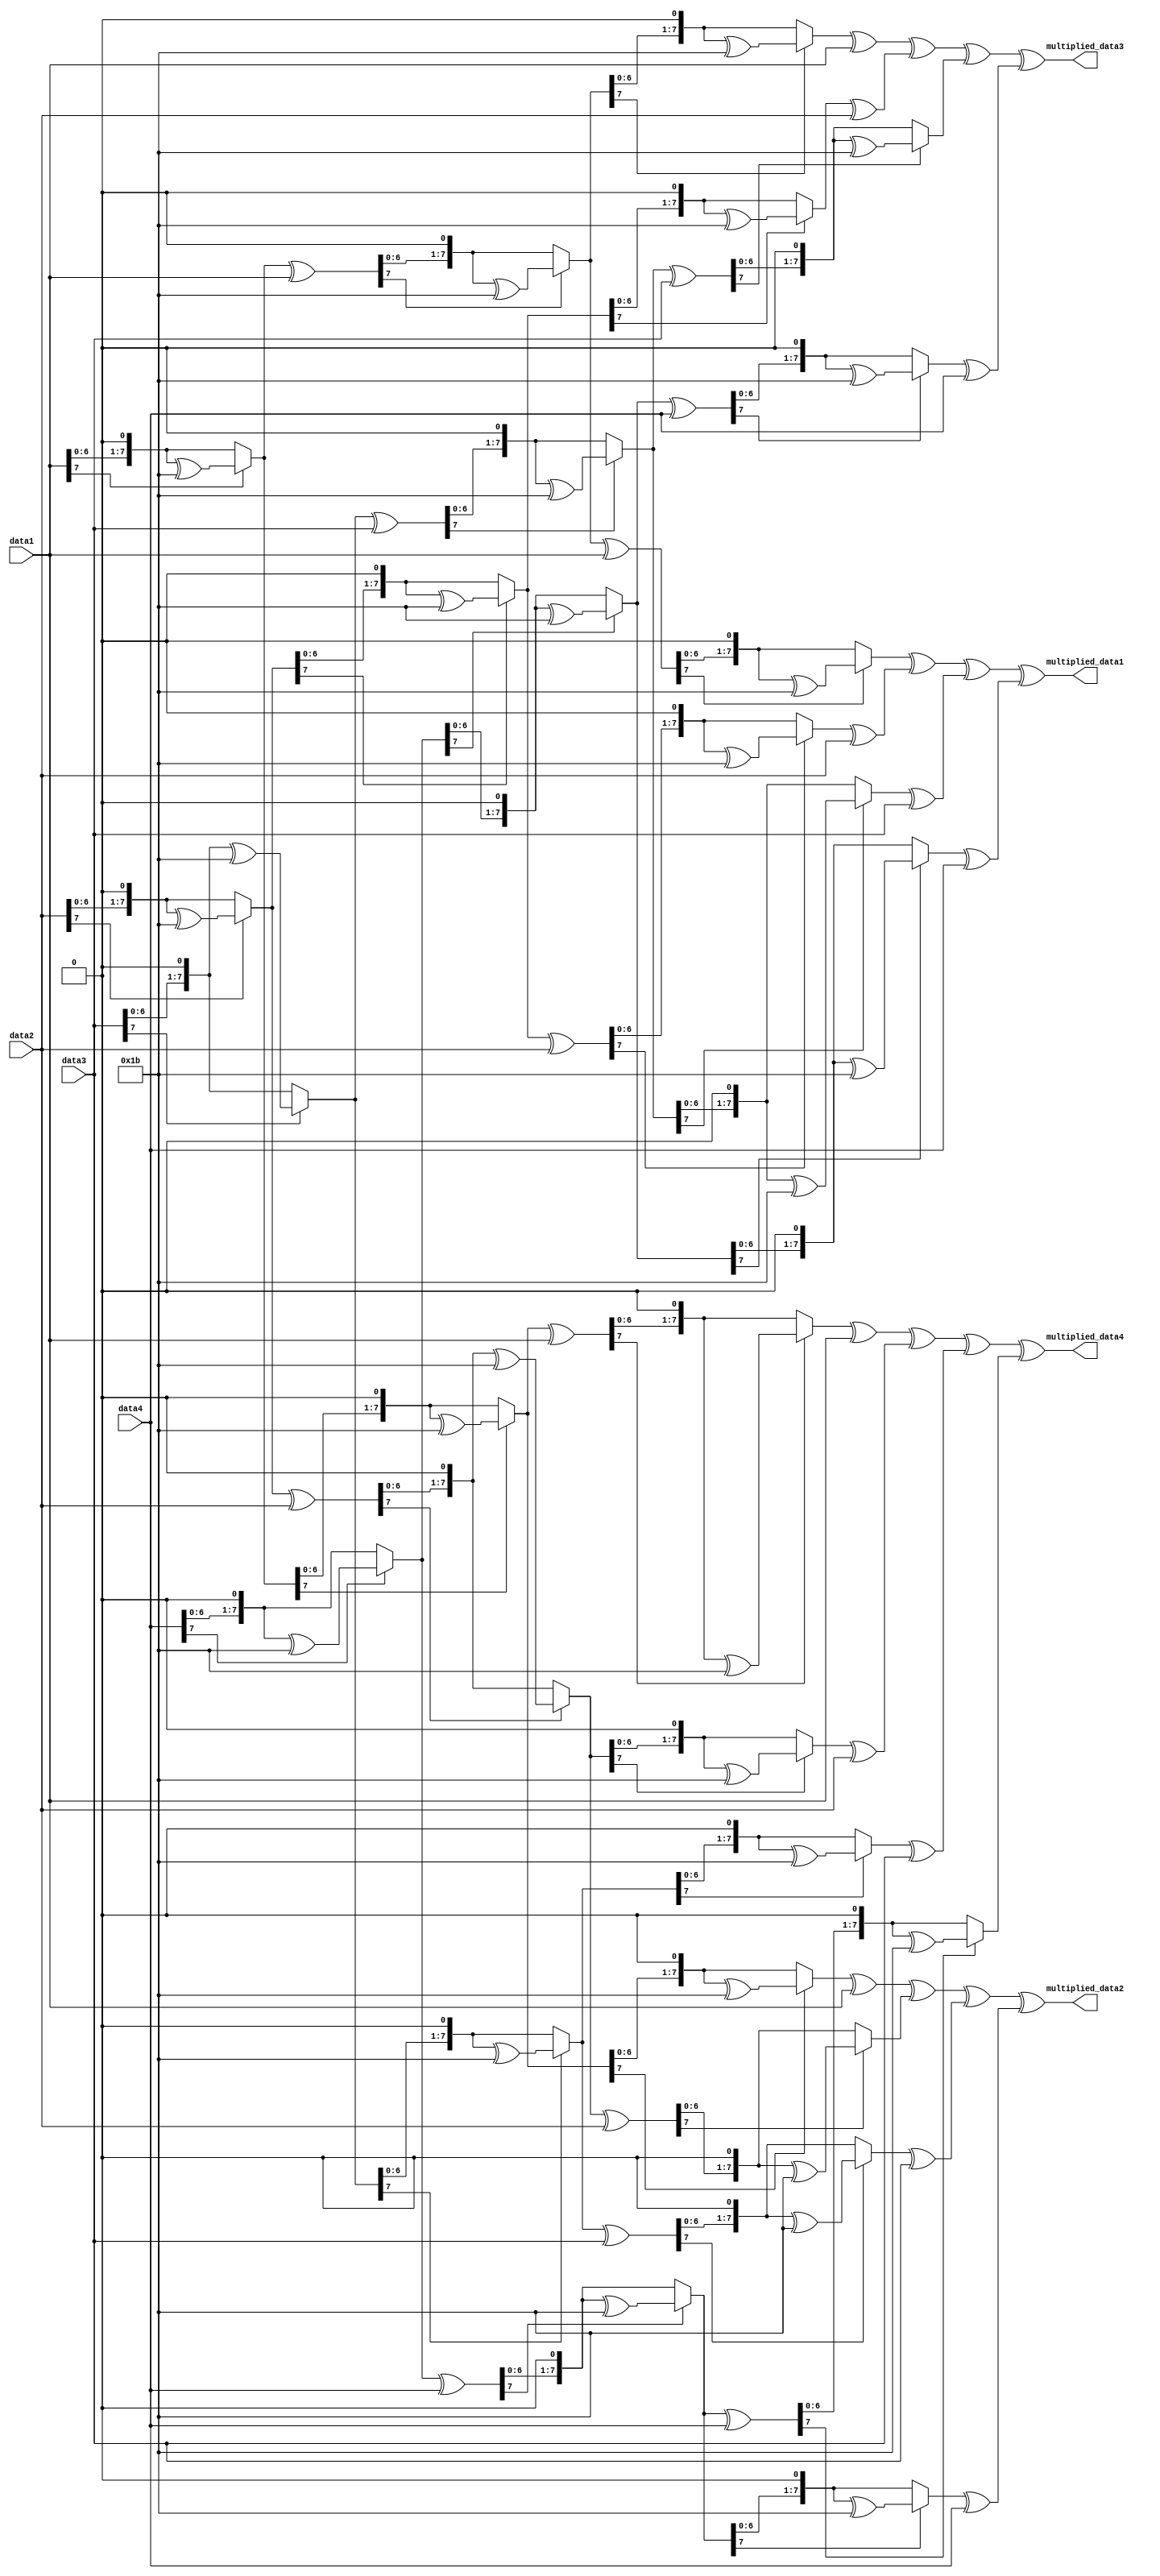
`timescale 1ns / 1ps

module inv_GF_2_8_multiplier(
data1,
data2,
data3,
data4,
multiplied_data1,
multiplied_data2,
multiplied_data3,
multiplied_data4
);
                        
input [7:0] data1,data2,data3,data4;
output [7:0] multiplied_data1, multiplied_data2, multiplied_data3, multiplied_data4;
/*Multiplication Matrix for Mix Col
        |0E  0B  0D  09|   |data1|
        |09  0E  0B  0D|   |data2|
output= |0D  09  0E  0B| * |data3|
        |0B  0D  09  0E|   |data4|
*/
assign multiplied_data1=multiply_0E(data1)^multiply_0B(data2)^multiply_0D(data3)^multiply_09(data4);
assign multiplied_data2=multiply_09(data1)^multiply_0E(data2)^multiply_0B(data3)^multiply_0D(data4);
assign multiplied_data3=multiply_0D(data1)^multiply_09(data2)^multiply_0E(data3)^multiply_0B(data4);
assign multiplied_data4=multiply_0B(data1)^multiply_0D(data2)^multiply_09(data3)^multiply_0E(data4);

function [7:0] multiply_09(input [7:0]a);
    begin    
    multiply_09=(multiply_02(multiply_02(multiply_02(a)))^ a);
    end
endfunction
function [7:0] multiply_0B(input [7:0]a);
    begin    
    multiply_0B=(multiply_02(multiply_02(multiply_02(a))^a)^a);
    end
endfunction
function [7:0] multiply_0D(input [7:0]a);
    begin    
    multiply_0D=(multiply_02(multiply_02((multiply_02(a)^a)))^a);
    end
endfunction
function [7:0] multiply_0E(input [7:0]a);
    begin    
    multiply_0E=multiply_02(multiply_02(multiply_02(a)^a)^a);
    end
endfunction

function [7:0] multiply_01(input [7:0]a);
    begin    
    multiply_01=a;
    end
endfunction
function [7:0] multiply_02(input [7:0]a);
    begin    
    if (a[7]==0) begin        
        multiply_02=a<<1; 
    end else begin
        multiply_02=(a<<1)^8'b00011011;
    end
    end
endfunction  

function [7:0] multiply_03(input [7:0]a);
    begin   
    multiply_03=multiply_02(a)^a;
    end
endfunction      
   
endmodule